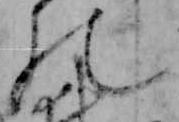
の